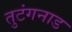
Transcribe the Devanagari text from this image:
तुटंगनाड